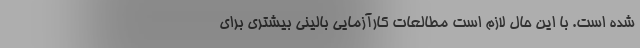
شده است. با این حال لازم است مطالعات کارآزمایی بالینی بیشتری برای